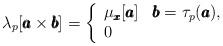
LaTeX: \begin{align*}\lambda_p[\pmb{a}\times\pmb{b}]= \left\{ \begin{array}{ll} \mu_{\pmb{x}}[\pmb{a}] &\pmb{b}=\tau_p(\pmb{a}) ,\\ 0 & \end{array} \right.\end{align*}